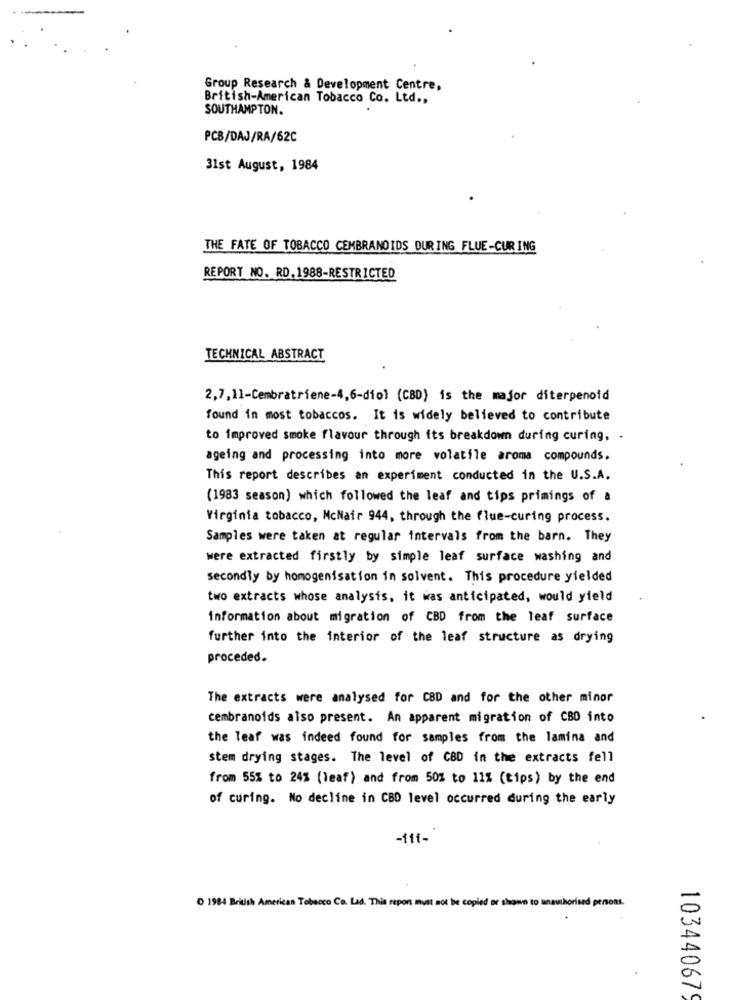
Group Research & Development Centre,
British-American Tobacco Co. Ltd .,
SOUTHAMPTON.
PCB/DAJ/RA/62C
31st August, 1984
THE FATE OF TOBACCO CEMBRANOIDS DURING FLUE-CURING
REPORT NO. RD. 1988-RESTRICTED
TECHNICAL ABSTRACT
2,7,11-Cembratriene-4,6-diol (CBD) is the major diterpenoid
found in most tobaccos. It is widely believed to contribute
to improved smoke flavour through its breakdown during curing, .
ageing and processing into more volatile aroma compounds.
This report describes an experiment conducted in the U.S.A.
(1983 season) which followed the leaf and tips primings of a
Virginia tobacco, McNair 944, through the flue-curing process.
Samples were taken at regular intervals from the barn. They
were extracted firstly by simple leaf surface washing and
secondly by homogenisation in solvent. This procedure yielded
two extracts whose analysis, it was anticipated, would yield
information about migration of CBD from the leaf surface
further into the interior of the leaf structure as drying
proceded.
The extracts were analysed for CBD and for the other minor
cembranoids also present. An apparent migration of CBO into
the Teaf was indeed found for samples from the lamina and
stem drying stages. The level of CBD in the extracts fell
from 55% to 24% (leaf) and from 50% to 11% (tips) by the end
of curing. No decline in CBD level occurred during the early
-11i-
0 1984 British American Tobacco Co. Lad. This report must not be copied or shown to anauthorised persons.
103440679